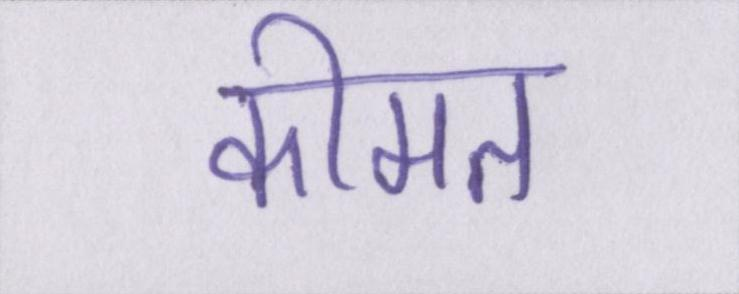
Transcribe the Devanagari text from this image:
कीमत